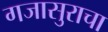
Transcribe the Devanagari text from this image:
गजासुराचा